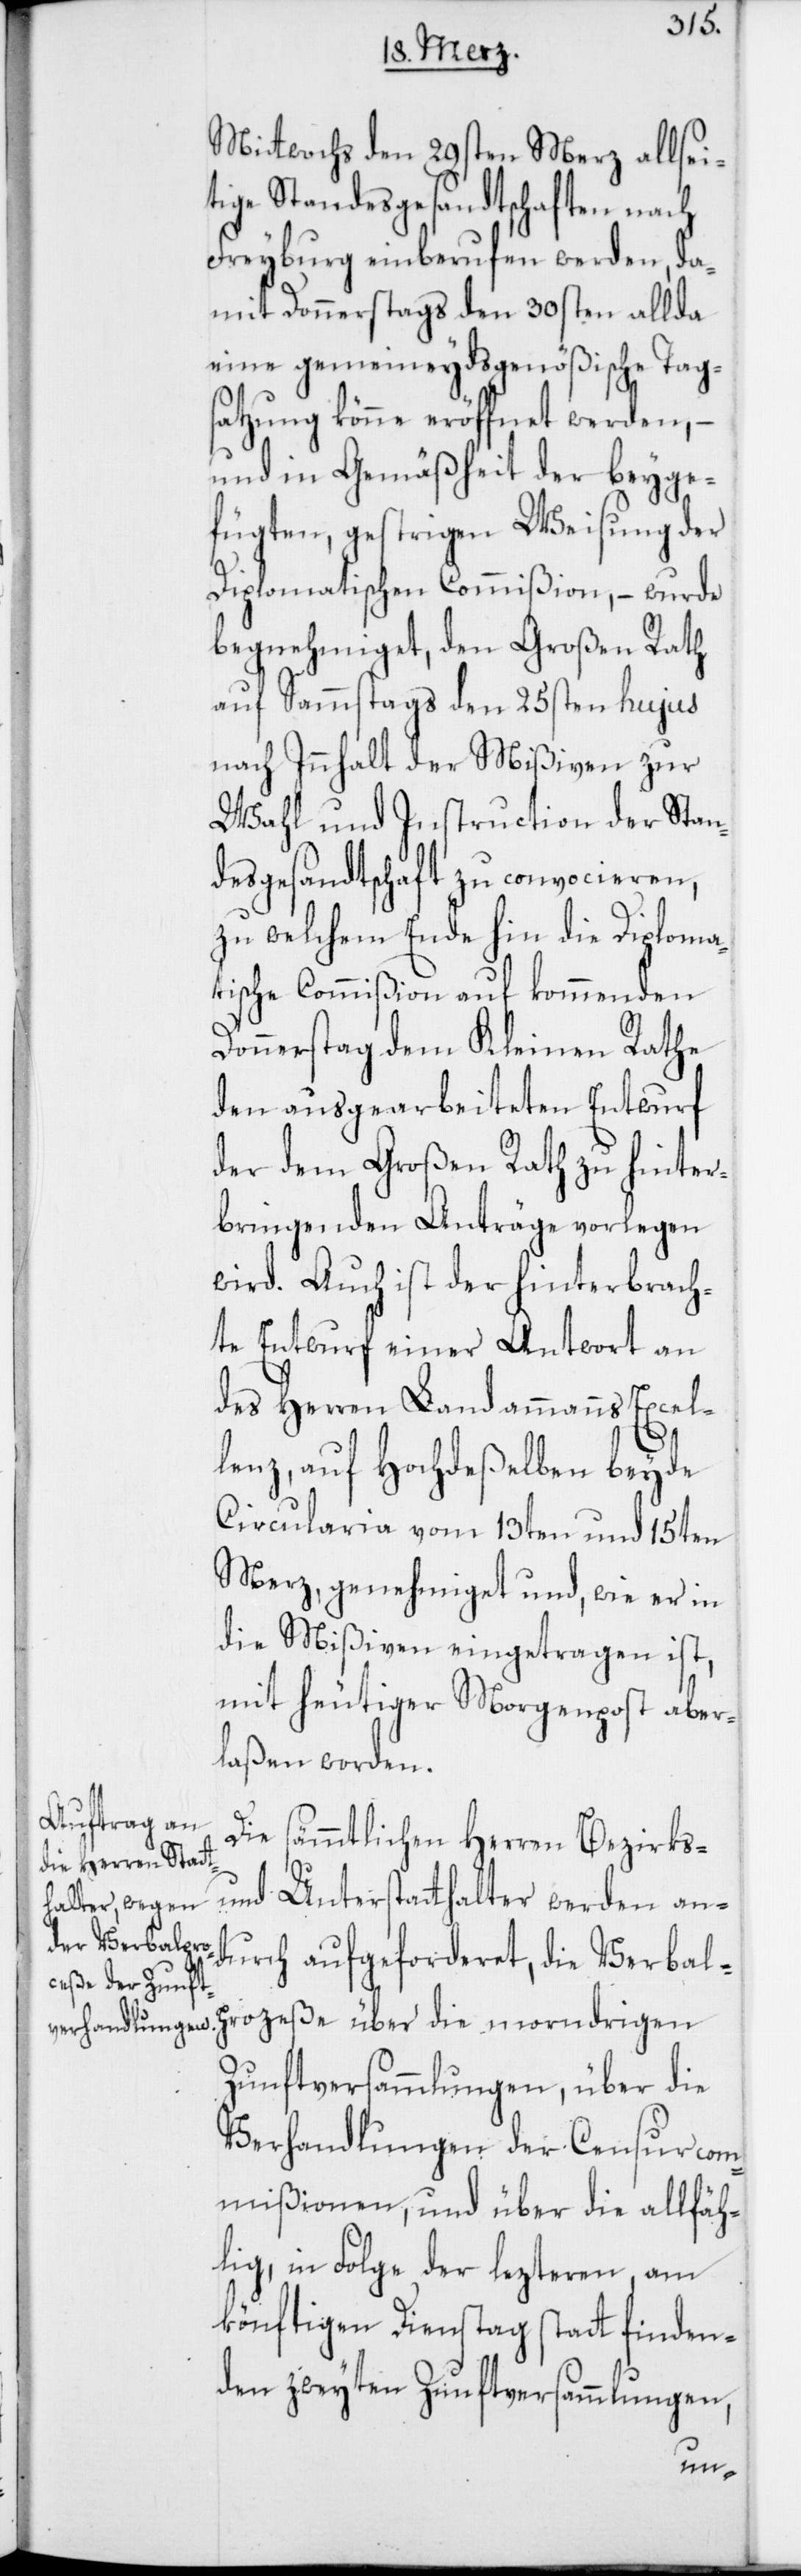
Mitwochs den 29sten Merz allsei¬
tige Standesgesandtschaften nach
Freyburg einberufen werden, da¬
mit Donnerstags den 30sten allda
eine gemeineydsgenößische Tags¬
atzung könne eröffnet werden, –
und in Gemäßheit der beyge¬
fügten gestrigen Weisung der
Diplomatischen Commißion, – wurde
begnehmiget, den Großen Rath
auf Sammstags den 25sten hujus
nach Innhalt der Mißiven zur
Wahl und Instruction der Stan¬
desgesandtschaft zu convocieren,
zu welchem Ende hin die Diploma¬
tische Commißion auf kommenden
Donnerstag dem Kleinen Rathe
den ausgearbeiteten Entwurf
der dem Großen Rath zu hinter¬
bringenden Anträge vorlegen
wird. Auch ist der hinterbrach¬
te Entwurf einer Antwort an
des Herren Landammanns Excel¬
lenz, auf Hochdeßelben beyde
Circularia vom 13ten und 15ten
Merz, genehmiget und, wie er in
die Mißiven eingetragen ist,
mit heutiger Morgenpost aber¬
laßen worden.
Die sämmtlichen Herren Bezirks-
und Unterstatthalter werden an¬
durch aufgeforderet, die Verbal¬
prozeße über die morndrigen
Zunftversammlungen, über die
Verhandlungen der Censurcom¬
mißionen, und über die allfäh¬
lig, in Folge der lezteren, am
könftigen Dienstag statt finden¬
den zweyten Zunftversammlungen,